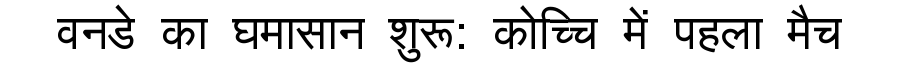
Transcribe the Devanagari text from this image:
वनडे का घमासान शुरू: कोच्चि में पहला मैच